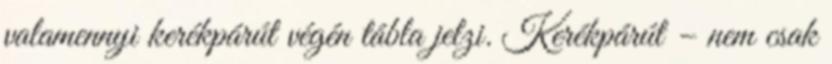
valamennyi kerékpárút végén tábla jelzi. Kerékpárút – nem csak